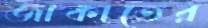
জাকাতের